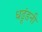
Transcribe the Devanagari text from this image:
धढूंडनी